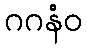
ဂဂနံဝ